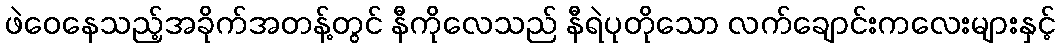
ဖဲဝေနေသည့်အခိုက်အတန့်တွင် နီကိုလေသည် နီရဲပုတိုသော လက်ချောင်းကလေးများနှင့်